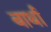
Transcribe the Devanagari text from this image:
बार्था